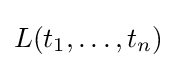
L(t_{1},\ldots ,t_{n})